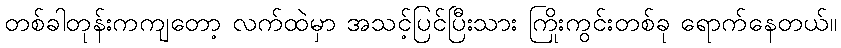
တစ်ခါတုန်းကကျတော့ လက်ထဲမှာ အသင့်ပြင်ပြီးသား ကြိုးကွင်းတစ်ခု ရောက်နေတယ်။